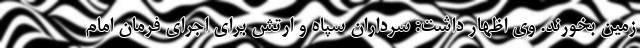
زمین بخورند. وی اظهار داشت: سرداران سپاه و ارتش برای اجرای فرمان امام